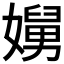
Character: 𭒥